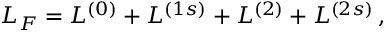
{ \cal L } _ { F } = { \cal L } ^ { ( 0 ) } + { \cal L } ^ { ( 1 s ) } + { \cal L } ^ { ( 2 ) } + { \cal L } ^ { ( 2 s ) } \, ,